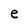
Character: e